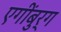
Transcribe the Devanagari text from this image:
एगींबुर्ग